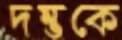
দম্ভকে